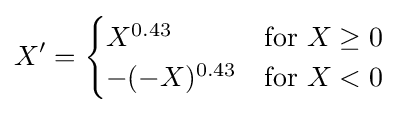
X'={\begin{cases}X^{0.43}&{\text{for }}X\geq 0\\-(-X)^{0.43}&{\text{for }}X<0\end{cases}}